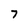
Character: 7